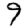
Digit: 9